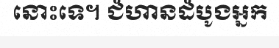
នោះទេ។ ជំហានដំបូងអ្នក